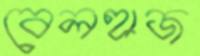
বেলহাজ